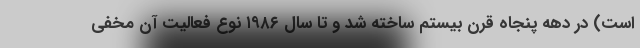
است) در دهه پنجاه قرن بیستم ساخته شد و تا سال ۱۹۸۶ نوع فعالیت آن مخفی